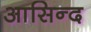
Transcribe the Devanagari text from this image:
आसिन्‍द